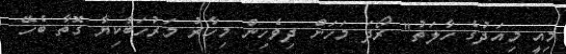
މިއީ މިއަދުގެ ހާލަތު" ރޯދަ މަހަށް ދިވެހިން މިހާރު މަރުހަބާކިޔާ ގޮތާ ބެހޭ